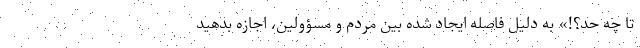
تا چه حد؟!» به دلیل فاصله ایجاد شده بین مردم و مسؤولین، اجازه بدهید